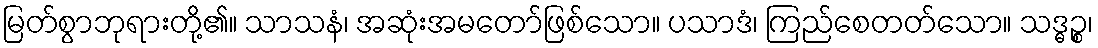
မြတ်စွာဘုရားတို့၏။ သာသနံ၊ အဆုံးအမတော်ဖြစ်သော။ ပသာဒံ၊ ကြည်စေတတ်သော။ သဒ္ဓဉ္စ၊